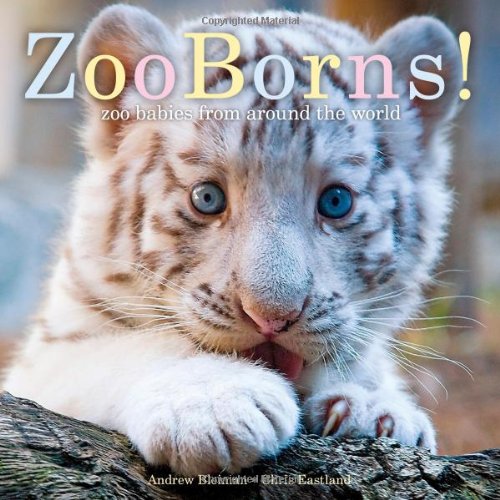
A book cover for ZooBorns!: Zoo Babies from Around the World; Andrew Bleiman; Children's Books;